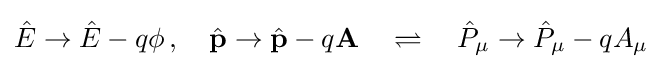
{\hat {E}}\rightarrow {\hat {E}}-q\phi \,,\quad {\hat {\mathbf {p} }}\rightarrow {\hat {\mathbf {p} }}-q\mathbf {A} \quad \rightleftharpoons \quad {\hat {P}}_{\mu }\rightarrow {\hat {P}}_{\mu }-qA_{\mu }